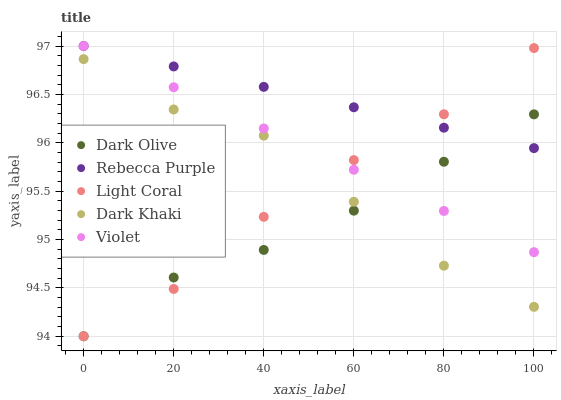
| xaxis_label | Dark Olive | Rebecca Purple | Light Coral | Dark Khaki | Violet |
 | --- | --- | --- | --- | --- | --- |
 | 0 | 94 | 97 | 94 | 96.9 | 97 |
 | 20 | 94.6 | 96.8 | 94.5 | 96.3 | 96.6 |
 | 40 | 94.9 | 96.6 | 95.2 | 96.1 | 96.1 |
 | 60 | 95.3 | 96.4 | 95.8 | 95.4 | 95.7 |
 | 80 | 95.8 | 96.2 | 96.3 | 94.7 | 95.3 |
 | 100 | 96.3 | 95.9 | 97 | 94.3 | 94.9 |